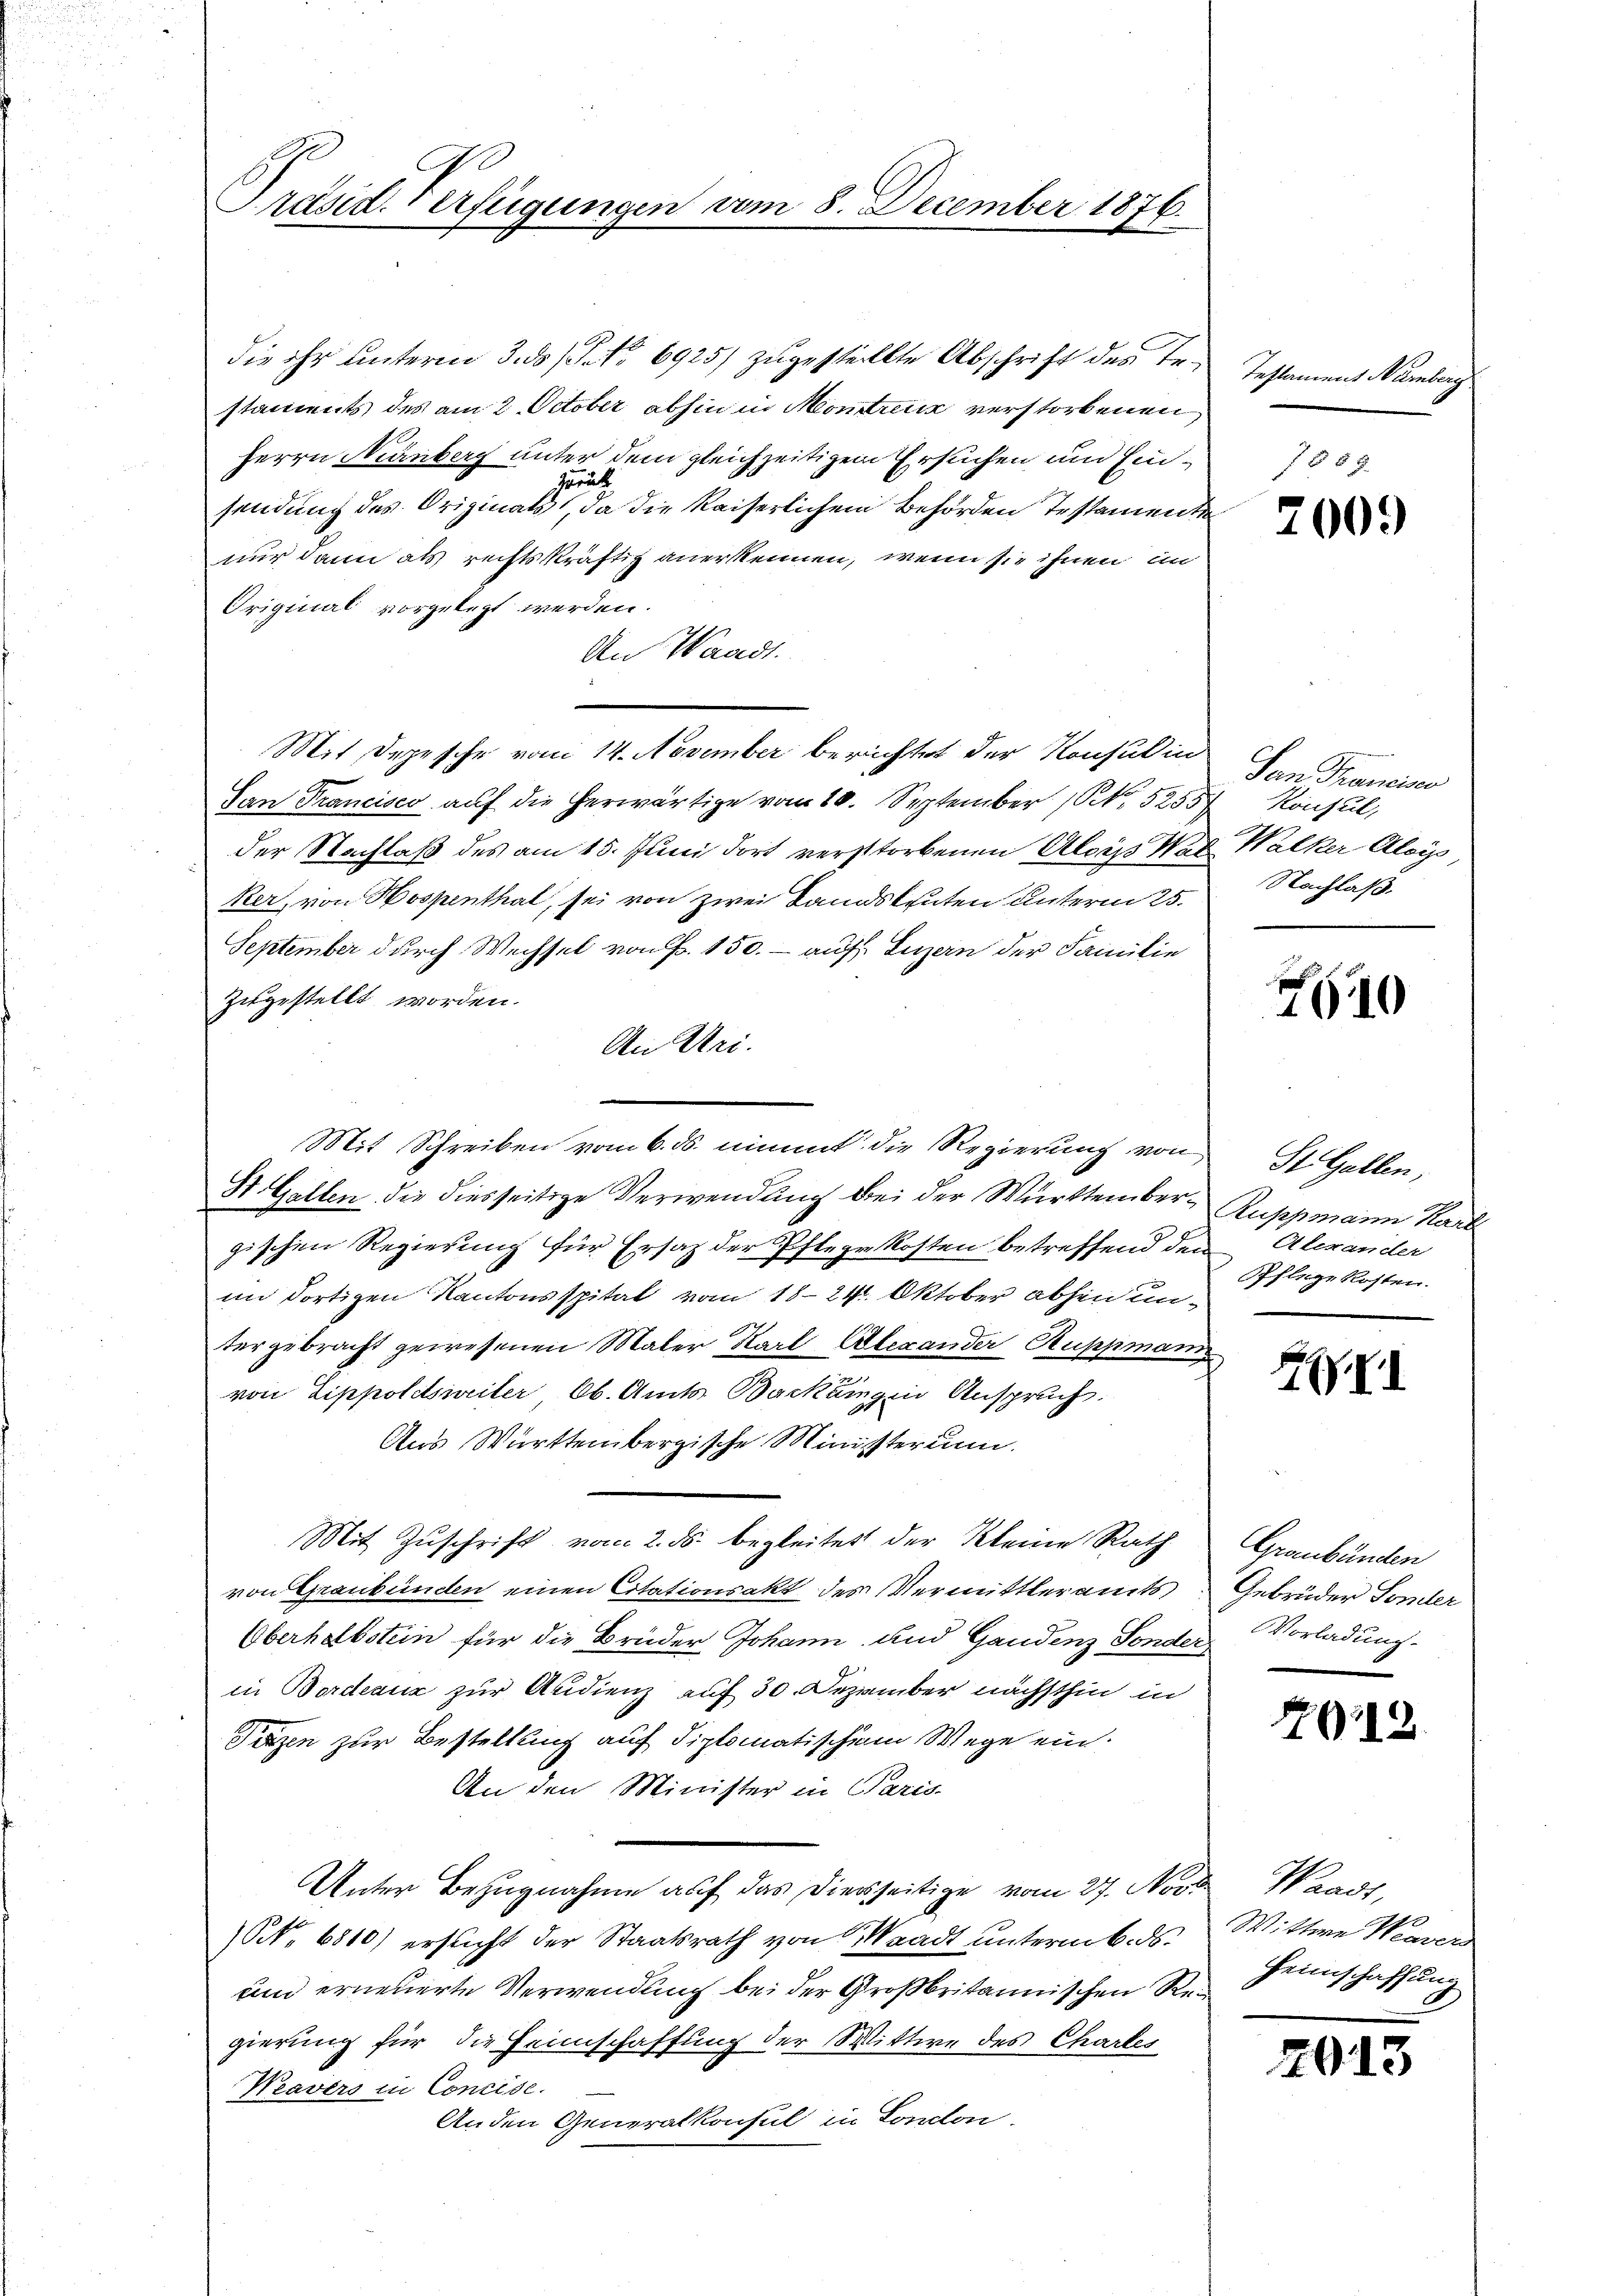
Prast. Verfügungen vom 8. December 1876.

die ihr unterm 3. ds P. Nr. 6925) zugestellte Abschrift des Testaments des am 2. October abhin in Montanz verstorbenen
Herrn Manberg unter dem gleichzeitigem Ersuchen und Einsendung des Originals, da die kaiserlichem Behörden Testamente
nur dann als rechtskräftig anerkennen, wenn sie ihnen im
Original vorgelegt werden.
An Waadt.
Mit, Depesche vom 14. November berichtet der Konsulin
San Francisco auf die erwärtige vom 10. September 15255
der Nachlaß des am 15. Juni dort verstorbenen Alois War
ker, von Hospenthal, sei von zwei Landsleuten unterm 25.
September durch Wechsel von Fr. 150.- auf Luzern der Familie
zugestellt worden.
An Uri.
St. Gallen die diesseitige Verwendung bei der Württembergischen Regierung für Ersatz der Pflege kosten betreffend den Alerander
im dortigen Kantonsspital vom 1824. Oktober abhen untergebracht gewesenen Maler Karl Alexander Suppman.
von Lippoldsweiter Ob. Amts Backungen Anspruch
Aus Württembergische Ministerium.
Mit Zuschrift vom 2. ds. begleitet der Kleine Rath
von Graubünden einen Citationsakt des Vermittleramts
Oberhalbstein für die Brüder Johann und Gandenz Sonderin Bordeauz zur Audienz auf 30 Dezember nächsthin in
Päzen zur Bestellung auf diplomatischen Wege ein.
An den Minister in Paris-
Unter Bezugnahme auf das Dierseitige vom 27. Nov.
NNo. 6810) ersucht der Staatsrath von Waadt unterm 6. ds.
und erneuerte Verwendung bei der Großbritannischen Regierung für die Heimschaffung der Wittwe des Chartes
Weavers in Concise.
Anden Generalkonsul in London.

Mit Schreiben vom 6. ds. nimmt die Regierung von St. Gallen,

Testament Nürnberg

200.

San Francisce
 Konsul,
. Walker Aloys,
Nachlaß.

7640

Auppmann Karl
Pflege kosten.

XVI

Graubünden
Gebrüder Sonder
Vorladung.

12

Waadt,
Wittwe Weaver
Heimschaffung

7013